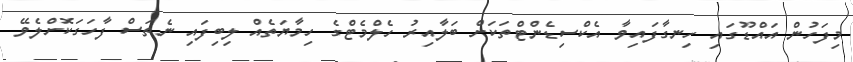
މިފަހުން އައްޑޫގައި ހިނގާފައިވާ އެކްސިޑެންޓްތަކަށް ބަލާއިރު ހެލްމެޓްގެ ހިމާޔަތެއް ލިބިފައި ނެތަސް ފާހަގަކޮށްލެވޭ